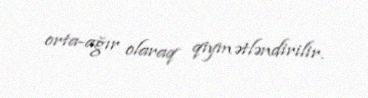
orta-ağır olaraq qiymətləndirilir.